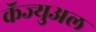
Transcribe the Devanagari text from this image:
कॅज्युअल